Report on vaccination in Madras 1922-1929 - 1922-1929
Year: 1922
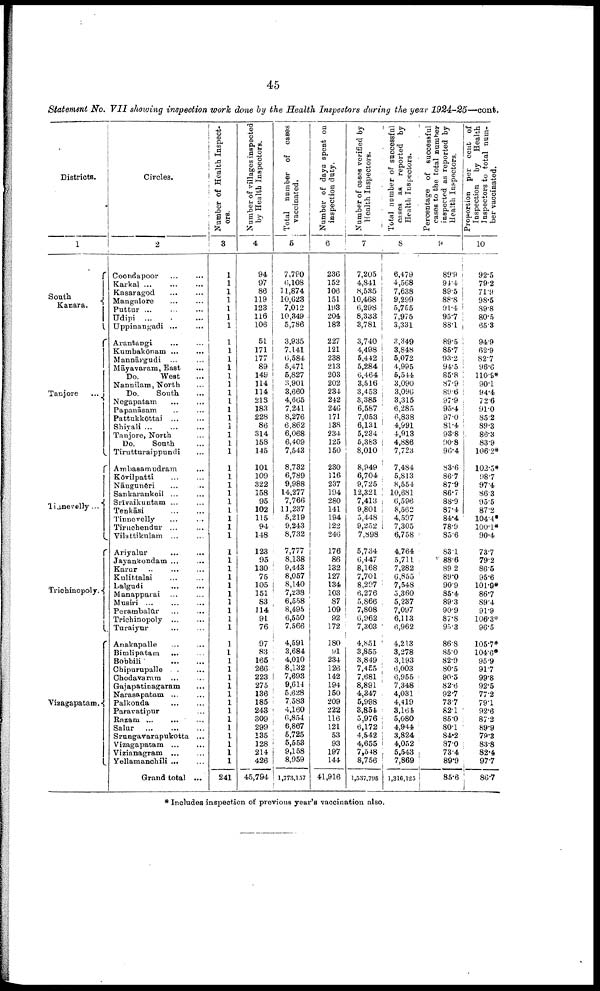
45
Statement No. VII showing inspection work done by the Health Inspectors during the year 1924-25—cont.
Districts.
1
South
Kanara.
Tanjore ...
Tinnevelly...
Trichinopoly.
Visagapatam..
Circles.
2
Coondapoor
... ...
Karkal ... ... ...
Kasaragod ... ...
Mangalore
... ...
Puttur...
...
...
Udipi ... ...
Uppinangadi ... ...
Arantangi
... ...
Kumbakōnam ... ...
Mannārgudi ... ...
Māyavaram, East
...
Do.
West ...
Nannilam, North ...
Do.
South ...
Negrapatam
...
...
Papanāsam ... ...
Pattukkōttai ... ...
Shiyali ... ... ...
Tanjore, North ...
Do.
South ...
Tirutturaippundi ...
Ambasamudram ...
Kōvilpatti ... ...
Nāngunēri ... ...
Sankarankoil ... ...
Srīvaikuntam ... ...
Tenkāsi ... ...
Tinnevelly ... ...
Tiruchendur ... ...
Vilattikulam ... ...
Ariyalur
...
...
Jayankondam ... ...
Karur ... ... ...
Kulittalai ... ...
Lalgudi
...
...
Manapparai ... ...
Musiri ...
...
...
Perambalūr ... ...
Trichinopoly ... ...
Turaiyur ... ...
Anakapalle
...
...
Bimlipatam
... ...
Bobbili
...
...
Chipurupalle ... ...
Chodavaram ... ...
Gajapatinagaram ...
Narasapatam ... ...
Palkonda
...
...
Paravatipur ... ...
Razam ... ... ...
Salur
...
...
...
Srungavarapukotta ...
Vizagapatam ... ...
Vizianagram
...
...
Yellamanchili ... ...
Grand total ...
Number of Health Inspect
ors.
3
1
1
1
1
1
1
1
1
1
1
1
1
1
1
1
1
1
1
1
1
1
1
1
1
1
1
1
1
1
1
1
1
1
1
1
1
1
1
1
1
1
1
1
1
1
1
1
1
1
1
1
1
1
1
1
241
Number of villages inspected
by Health Inspectors.
4
94
97
86
119
123
116
106
51
171
177
89
149
114
114
218
183
228
86
314
158
145
101
109
322
158
95
102
115
94
148
123
95
130
75
105
151
83
114
91
76
97
83
165
266
223
275
136
185
243
309
299
135
128
214
426
45,794
Total number of cases
vaccinated.
5
7,790
6,108
11,874
10,623
7,012
10,349
5,786
3,935
7,141
6,584
5,471
5,827
3,901
3,660
4,665
7,241
8,276
6,862
6,068
6,409
7,543
8,732
6,789
9,988
14,277
7,766
11,237
5,219
9,243
8,732
7,777
8,138
9,443
8,057
8,140
7,238
6,558
8,495
6,550
7,566
4,591
3,684
4,010
8,132
7,693
9,614
5,628
7,583
4,160
6,854
6,867
5,725
5,553
9,158
8,959
1,773,157
Number of days spent on
inspection duty.
6
236
152
106
151
193
204
182
227
121
238
213
203
202
234
242
246
171
138
234
125
150
230
116
237
194
280
141
194
122
246
176
86
132
127
134
103
87
109
92
172
180
91
234
126
142
194
150
209
222
116
121
53
93
197
144
41,916
Number of cases verified by
Health Inspectors.
7
7,205
4,841
8,535
10,468
6,298
8,333
3,781
3,740
4,498
5,442
5,284
6,464
3,516
3,453
3,385
6,587
7,053
6,131
5,234
5,383
8,010
8,949
6,704
9,725
12,321
7,413
9,801
5,448
9,252
7,898
5,734
6,447
8,168
7,701
8,297
6,276
5,866
7,808
6,962
7,303
4,851
3,855
3,849
7,455
7,681
8,891
4,347
5,998
3,854
5,976
6,172
4,542
4,655
7,548
8,756
1,537,795
Total number of successful
cases as reported by
Health Inspectors.
8
6,479
4,568
7,638
9,299
5,755
7,975
3,331
3,349
3,848
5,072
4,995
5,544
3,090
3,096
3,315
6,285
6,838
4,991
4,913
4,886
7,723
7,484
5,813
8,554
10,681
6,596
8,562
4,597
7,305
6,758
4,764
5,711
7,282
6,855
7,548
5,360
5,237
7,097
6,113
6,962
4,213
3,278
3,193
6,003
6,955
7,348
4,031
4,419
3,164
5,080
4,944
3,824
4,052
5,543
7,869
1,316,125
Percentage of successful
cases to the total number
inspected as reported by
Health Inspectors.
9
89.9
94.4
89.5
88.8
91.4
95.7
88.1
89.5
85.7
93.2
94.5
85.8
87.9
89.6
97.9
95.4
97.0
81.4
93.8
90.8
96.4
83.6
86.7
87.9
86.7
88.9
87.4
84.4
78.9
85.6
83.1
88.6
89.2
89.0
90.9
85.4
89.3
90.9
87.8
95.3
86.8
85.0
82.9
80.5
90.5
82.6
92.7
73.7
82.1
85.0
80.1
84.2
87.0
73.4
89.9
85.6
Proportion per cent of
Inspection
by Health
Inspectors to total num¬
ber vaccinated.
10
92.5
79.2
71.9
98.5
89.8
80.5
65.3
94.9
62.9
82.7
96.6
110.9*
90.1
94.4
72.6
91.0
85.2
89.3
86.3
83.9
106.2*
102.5*
98.7
97.4
86.3
95.5
87.2
104.4*
100.1*
90.4
73.7
79.2
86.5
95.6
101.9*
86.7
89.4
91.9
106.3*
96.5
105.7*
104.6*
95.9
91.7
99.8
92.5
77.2
79.1
92.6
87.2
89.9
79.3
83.8
82.4
97.7
86.7
* Includes inspection of previous year's vaccination also.